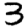
Digit: 3